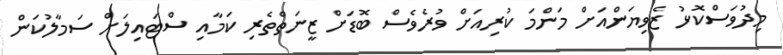
މިދުވަސްކޮޅު ޒެވިޔަންއަށް މަންމަ ކުރިއަށް ވުރެވެސް ބޮޑަށް ޒީނަތްތެރި ކަމާއި ސްޓައިލަށް ސަމާލުކަން